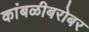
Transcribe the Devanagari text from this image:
कांबळीबरोबर